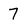
Character: 7